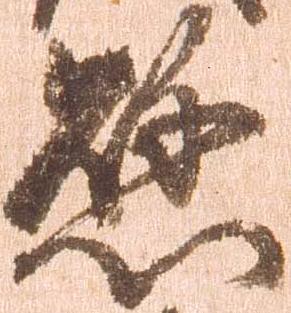
懸